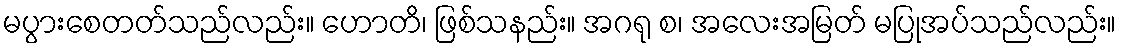
မပွားစေတတ်သည်လည်း။ ဟောတိ၊ ဖြစ်သနည်း။ အဂရု စ၊ အလေးအမြတ် မပြုအပ်သည်လည်း။